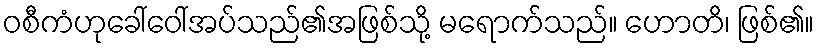
ဝစီကံဟုခေါ်ဝေါ်အပ်သည်၏အဖြစ်သို့ မရောက်သည်။ ဟောတိ၊ ဖြစ်၏။